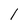
Character: l